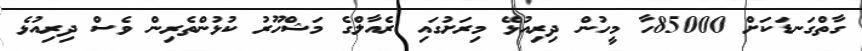
ގާތްގަނޑަކަށް 85000ހާ މީހުން ދިރިއުޅޭ މިރަށުގައި ރެއާލްގެ މަޝްހޫރު ކުޅުންތެރިން ވެސް ދިރިއުޅެ